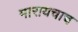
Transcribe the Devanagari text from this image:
मारायचाच